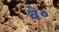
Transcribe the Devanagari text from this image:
वे०